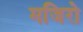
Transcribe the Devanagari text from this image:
मजिरो